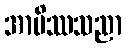
အာမိဿသညာ